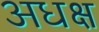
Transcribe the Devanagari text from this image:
अधक्ष